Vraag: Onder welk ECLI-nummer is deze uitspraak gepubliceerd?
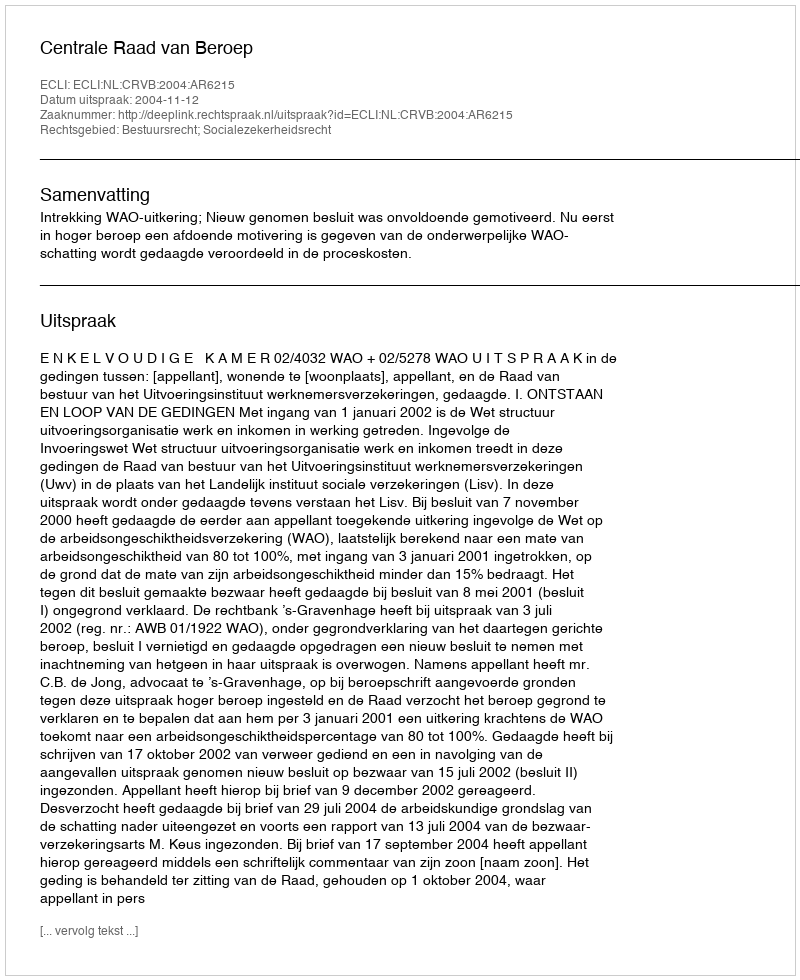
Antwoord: ECLI:NL:CRVB:2004:AR6215